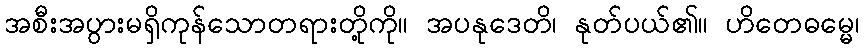
အစီးအပွားမရှိကုန်သောတရားတို့ကို။ အပနုဒေတိ၊ နုတ်ပယ်၏။ ဟိတေဓမ္မေ၊